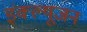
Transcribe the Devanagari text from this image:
इंक्ल्यूजन